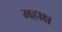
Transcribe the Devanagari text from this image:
महाक्ष